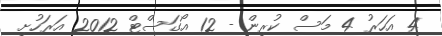
4 އަހަރު 4 މަސް ކުރިން - 12 އޯގަސްޓް 2012 އަރަހުށި